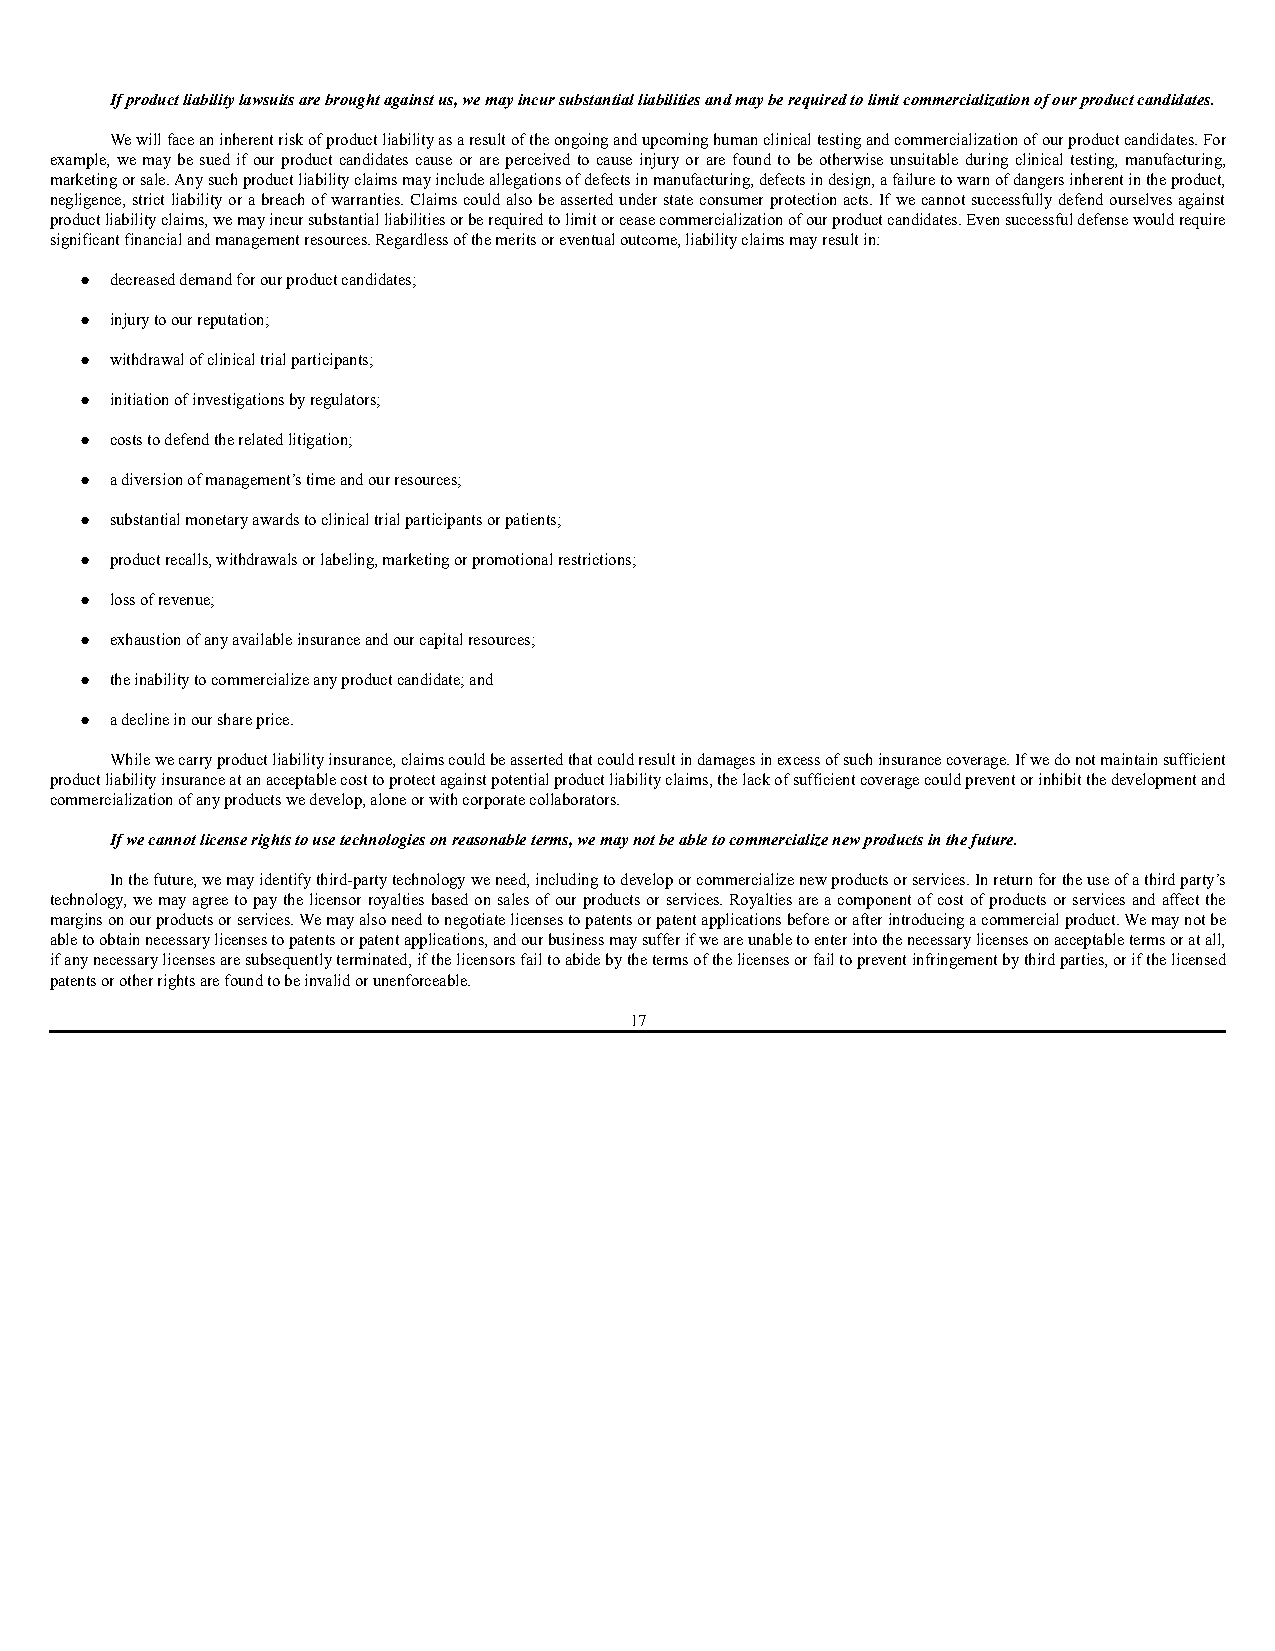
If product liability lawsuits are brought against us, we may incur substantial liabilities and may be required to limit commercialization of our product candidates.
 We will face an inherent risk of product liability as a result of the ongoing and upcoming human clinical testing and commercialization of our product candidates. For
 example, we may be sued if our product candidates cause or are perceived to cause injury or are found to be otherwise unsuitable during clinical testing, manufacturing,
 marketing or sale. Any such product liability claims may include allegations of defects in manufacturing, defects in design, a failure to warn of dangers inherent in the product,
 negligence, strict liability or a breach of warranties. Claims could also be asserted under state consumer protection acts. If we cannot successfully defend ourselves against
 product liability claims, we may incur substantial liabilities or be required to limit or cease commercialization of our product candidates. Even successful defense would require
 significant financial and management resources. Regardless of the merits or eventual outcome, liability claims may result in:
 ● decreased demand for our product candidates;
 ● injury to our reputation;
 ● withdrawal of clinical trial participants;
 ● initiation of investigations by regulators;
 ● costs to defend the related litigation;
 ● a diversion of management’s time and our resources;
 ● substantial monetary awards to clinical trial participants or patients;
 ● product recalls, withdrawals or labeling, marketing or promotional restrictions;
 ● loss of revenue;
 ● exhaustion of any available insurance and our capital resources;
 ● the inability to commercialize any product candidate; and
 ● a decline in our share price.
 While we carry product liability insurance, claims could be asserted that could result in damages in excess of such insurance coverage. If we do not maintain sufficient
 product liability insurance at an acceptable cost to protect against potential product liability claims, the lack of sufficient coverage could prevent or inhibit the development and
 commercialization of any products we develop, alone or with corporate collaborators.
 If we cannot license rights to use technologies on reasonable terms, we may not be able to commercialize new products in the future.
 In the future, we may identify third-party technology we need, including to develop or commercialize new products or services. In return for the use of a third party’s
 technology, we may agree to pay the licensor royalties based on sales of our products or services. Royalties are a component of cost of products or services and affect the
 margins on our products or services. We may also need to negotiate licenses to patents or patent applications before or after introducing a commercial product. We may not be
 able to obtain necessary licenses to patents or patent applications, and our business may suffer if we are unable to enter into the necessary licenses on acceptable terms or at all,
 if any necessary licenses are subsequently terminated, if the licensors fail to abide by the terms of the licenses or fail to prevent infringement by third parties, or if the licensed
 patents or other rights are found to be invalid or unenforceable.
 17